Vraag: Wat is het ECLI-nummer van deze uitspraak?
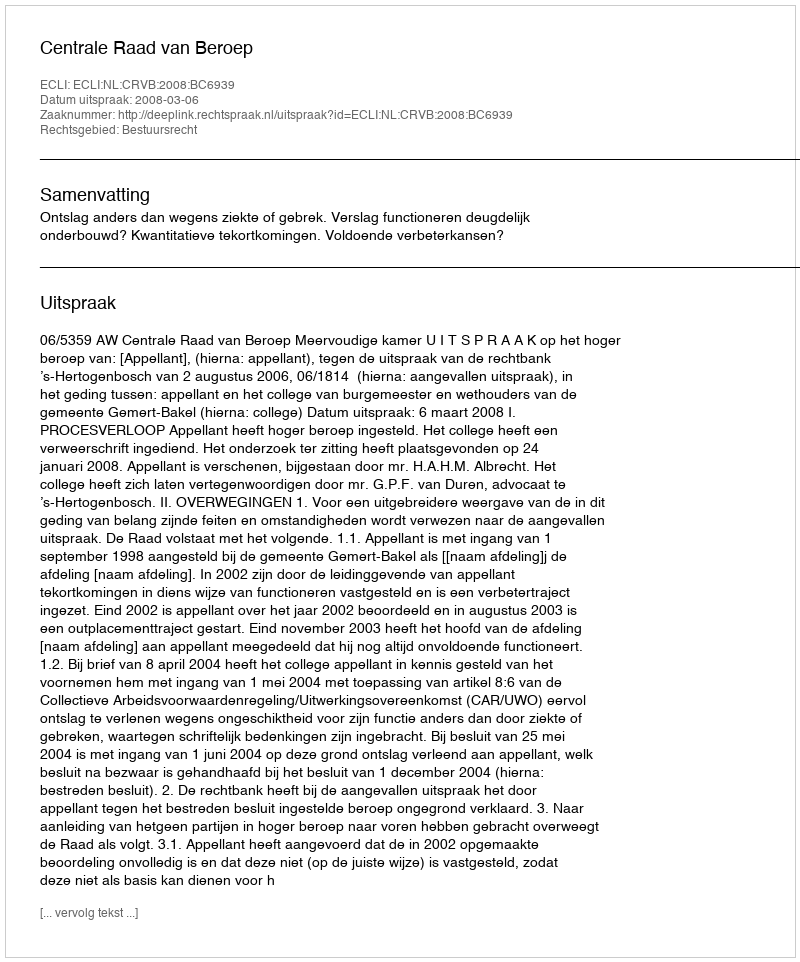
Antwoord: ECLI:NL:CRVB:2008:BC6939